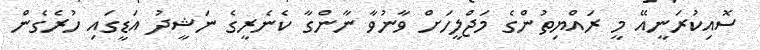
ސޮއިކުރަނީއޭ މީ ރައްޔިތުންގެ މަޖްލީހަށް ވާނުވާ ނާންގާ ކެނެރީގެ ނަޝީދު އަޑީގައި ހުރެގެން